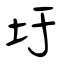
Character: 圩